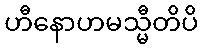
ဟီနောဟမသ္မီတိပိ